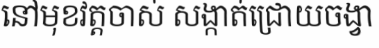
នៅមុខវត្តចាស់ សង្កាត់ជ្រោយចង្វា